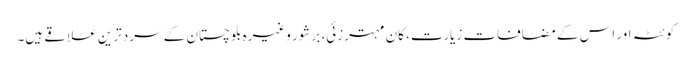
کوئٹہ اور اس کے مضافات زیارت، کان مہترزئی، برشور وغیرہ بلوچستان کے سرد ترین علاقے ہیں۔